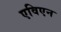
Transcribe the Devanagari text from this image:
एविएन